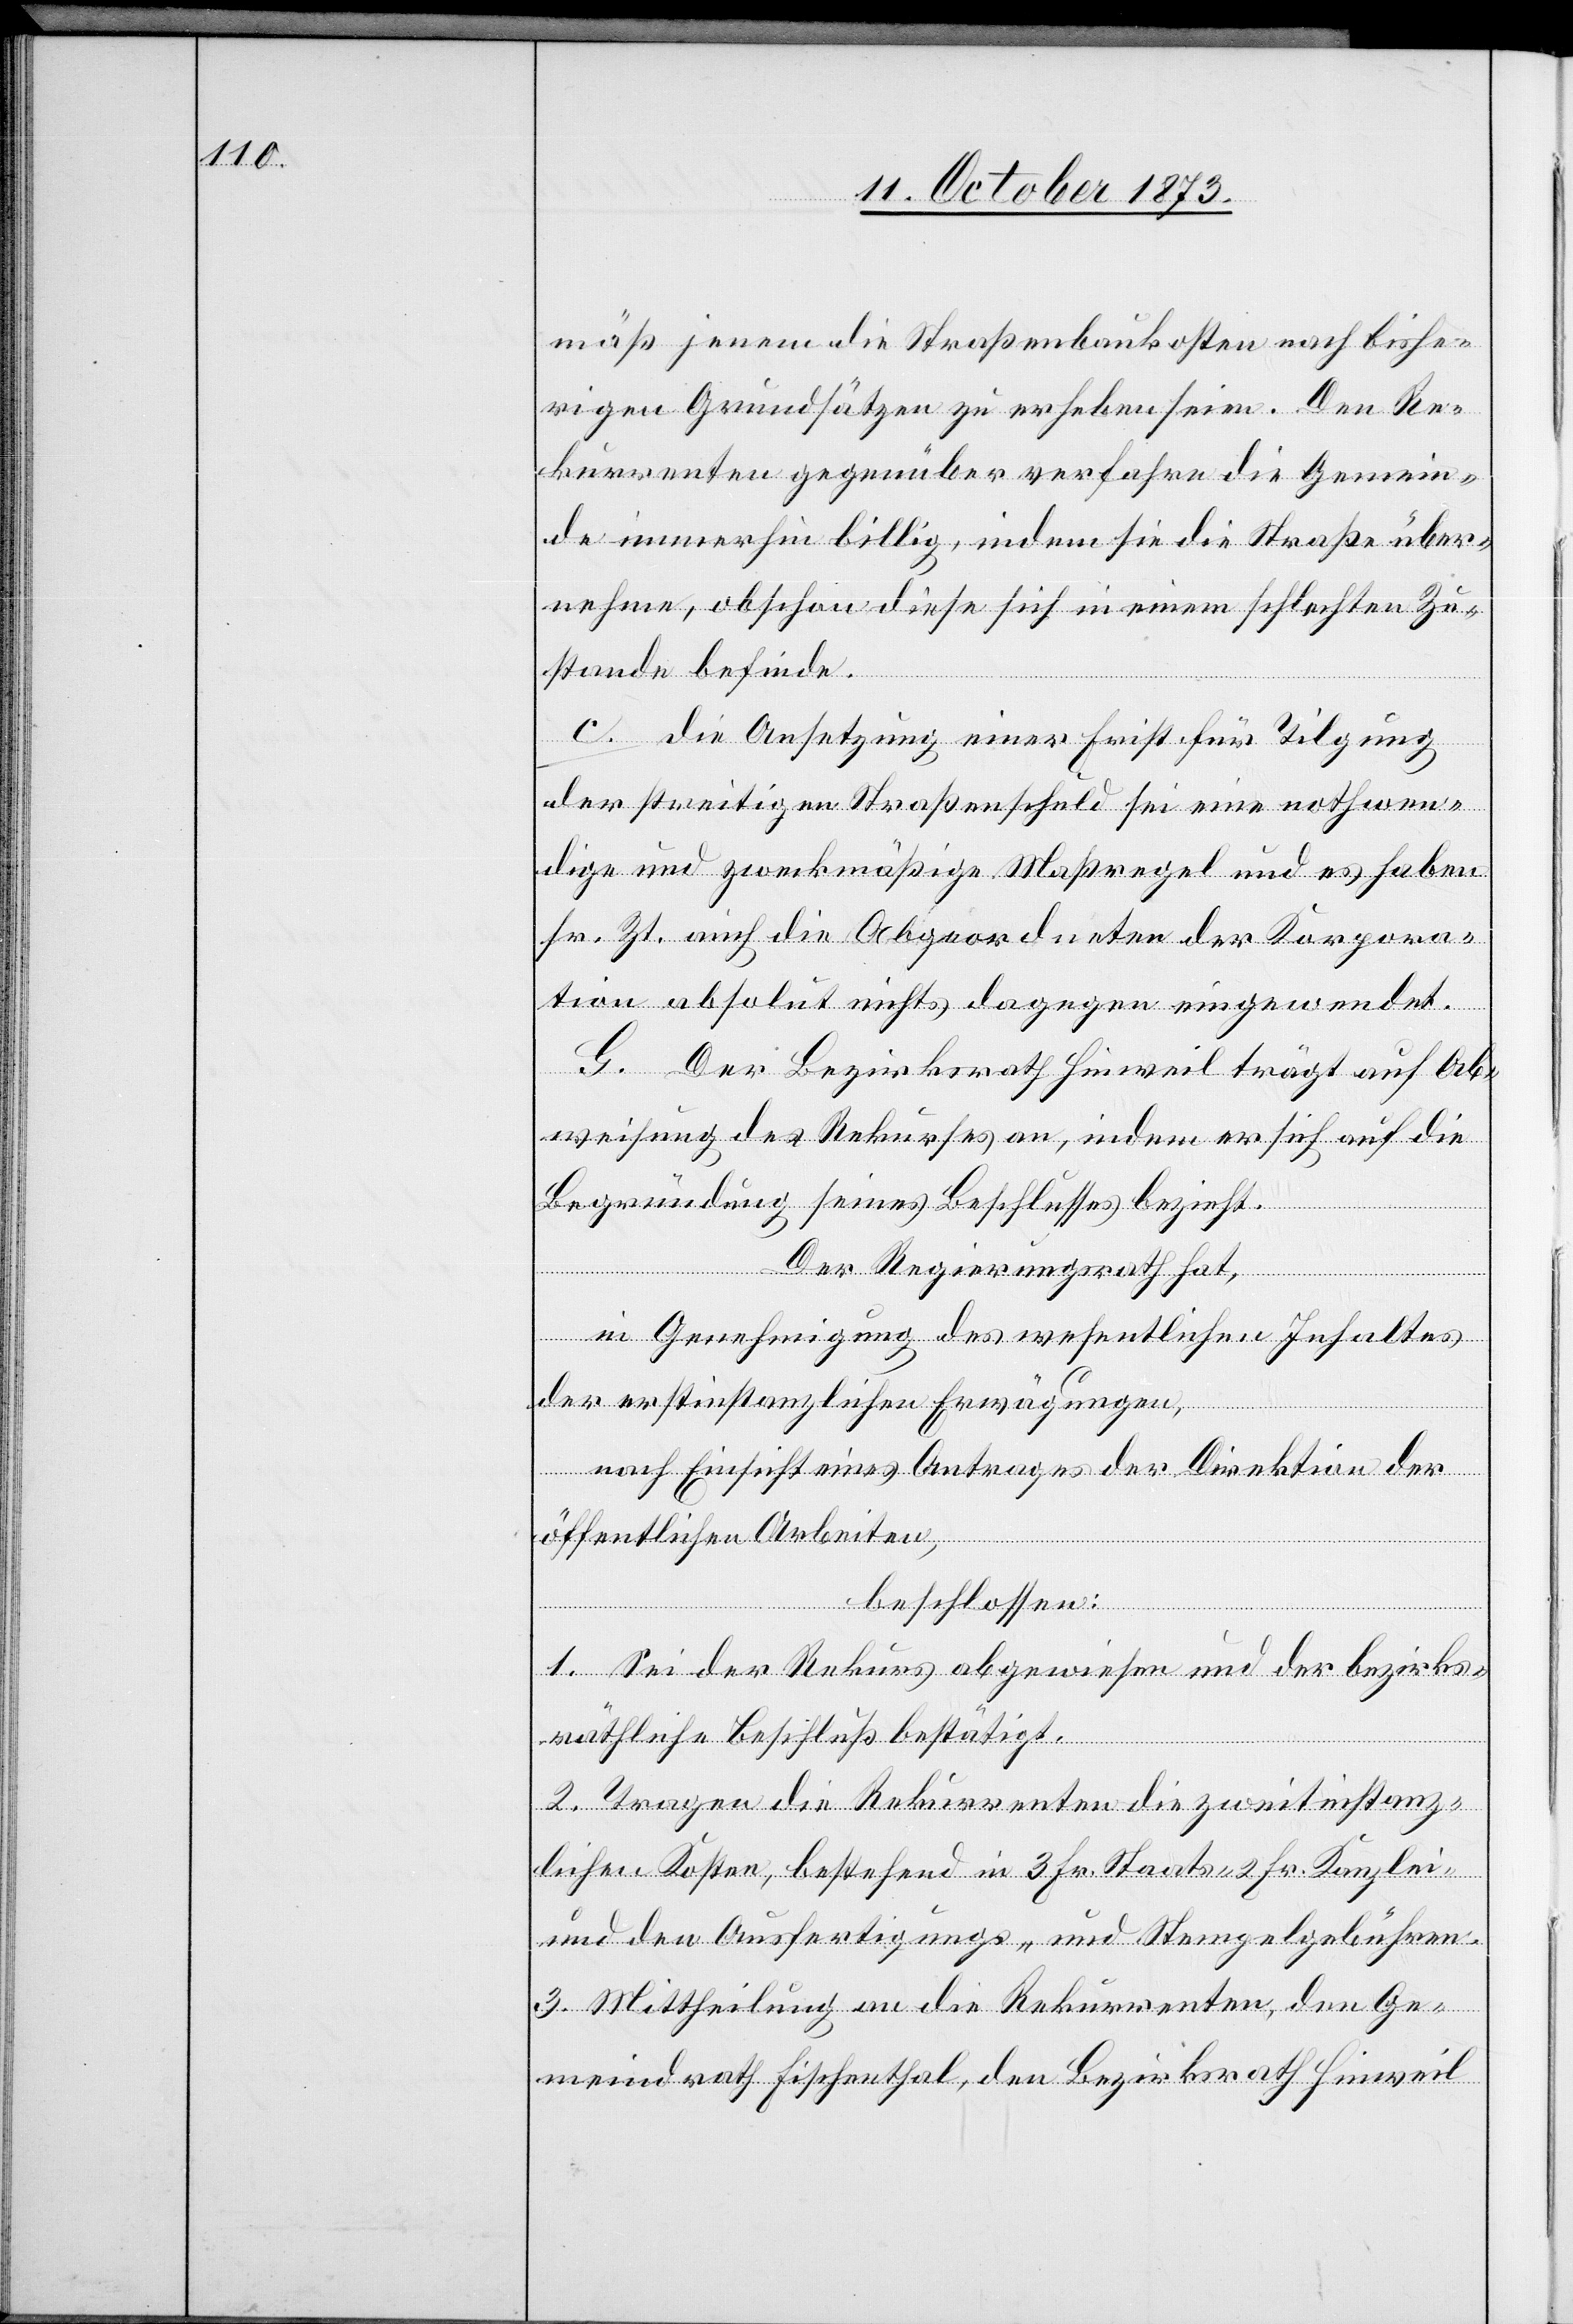
mäß jenem die Straßenbaukosten nach bishe¬
rigen Grundsätzen zu erheben seien. Den Re¬
kurrenten gegenüber verfahre die Gemein¬
de immerhin billig, indem sie die Straße über¬
nehme, obschon diese sich in einem schlechten Zu¬
stande befinde.
c. Die Ansetzung einer Frist für Tilgung
der streitigen Straßenschuld sei eine nothwen¬
dige und zweckmäßige Maßregel und es haben
sr. Zt. auch die Abgeordneten der Korpora¬
tion absolut nichts dagegen eingewendet.
G. Der Bezirksrath Hinweil trägt auf Ab¬
weisung des Rekurses an, indem er sich auf die
Begründung seines Beschlusses bezieht.
Der Regierungsrath hat,
in Genehmigung des wesentlichen Inhaltes
der erstinstanzlichen Erwägungen,
nach Einsicht eines Antrages der Direktion der
öffentlichen Arbeiten,
beschlossen:
1. Sei der Rekurs abgewiesen und der bezirks¬
räthliche Beschluß bestätigt.
2. Tragen die Rekurrenten die zweitinstanz¬
lichen Kosten, bestehend in 3 Fr. Staats- 2 Fr. Kanzlei-
und den Ausfertigungs- und Stempelgebühren.
3. Mittheilung an die Rekurrenten, den Ge¬
meindrath Fischenthal, den Bezirksrath Hinweil